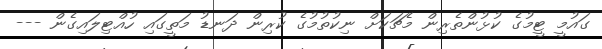
ގައުމީ ޓީމުގެ ކުޅުންތެރިން މެޗަކަށް ނިކުތުމުގެ ކުރިން ދަނޑު މަތީގައި ހުއްޓިލައިގެން ---